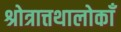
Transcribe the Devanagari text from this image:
श्रोत्रात्तथालोकाँ